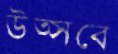
উত্সবে